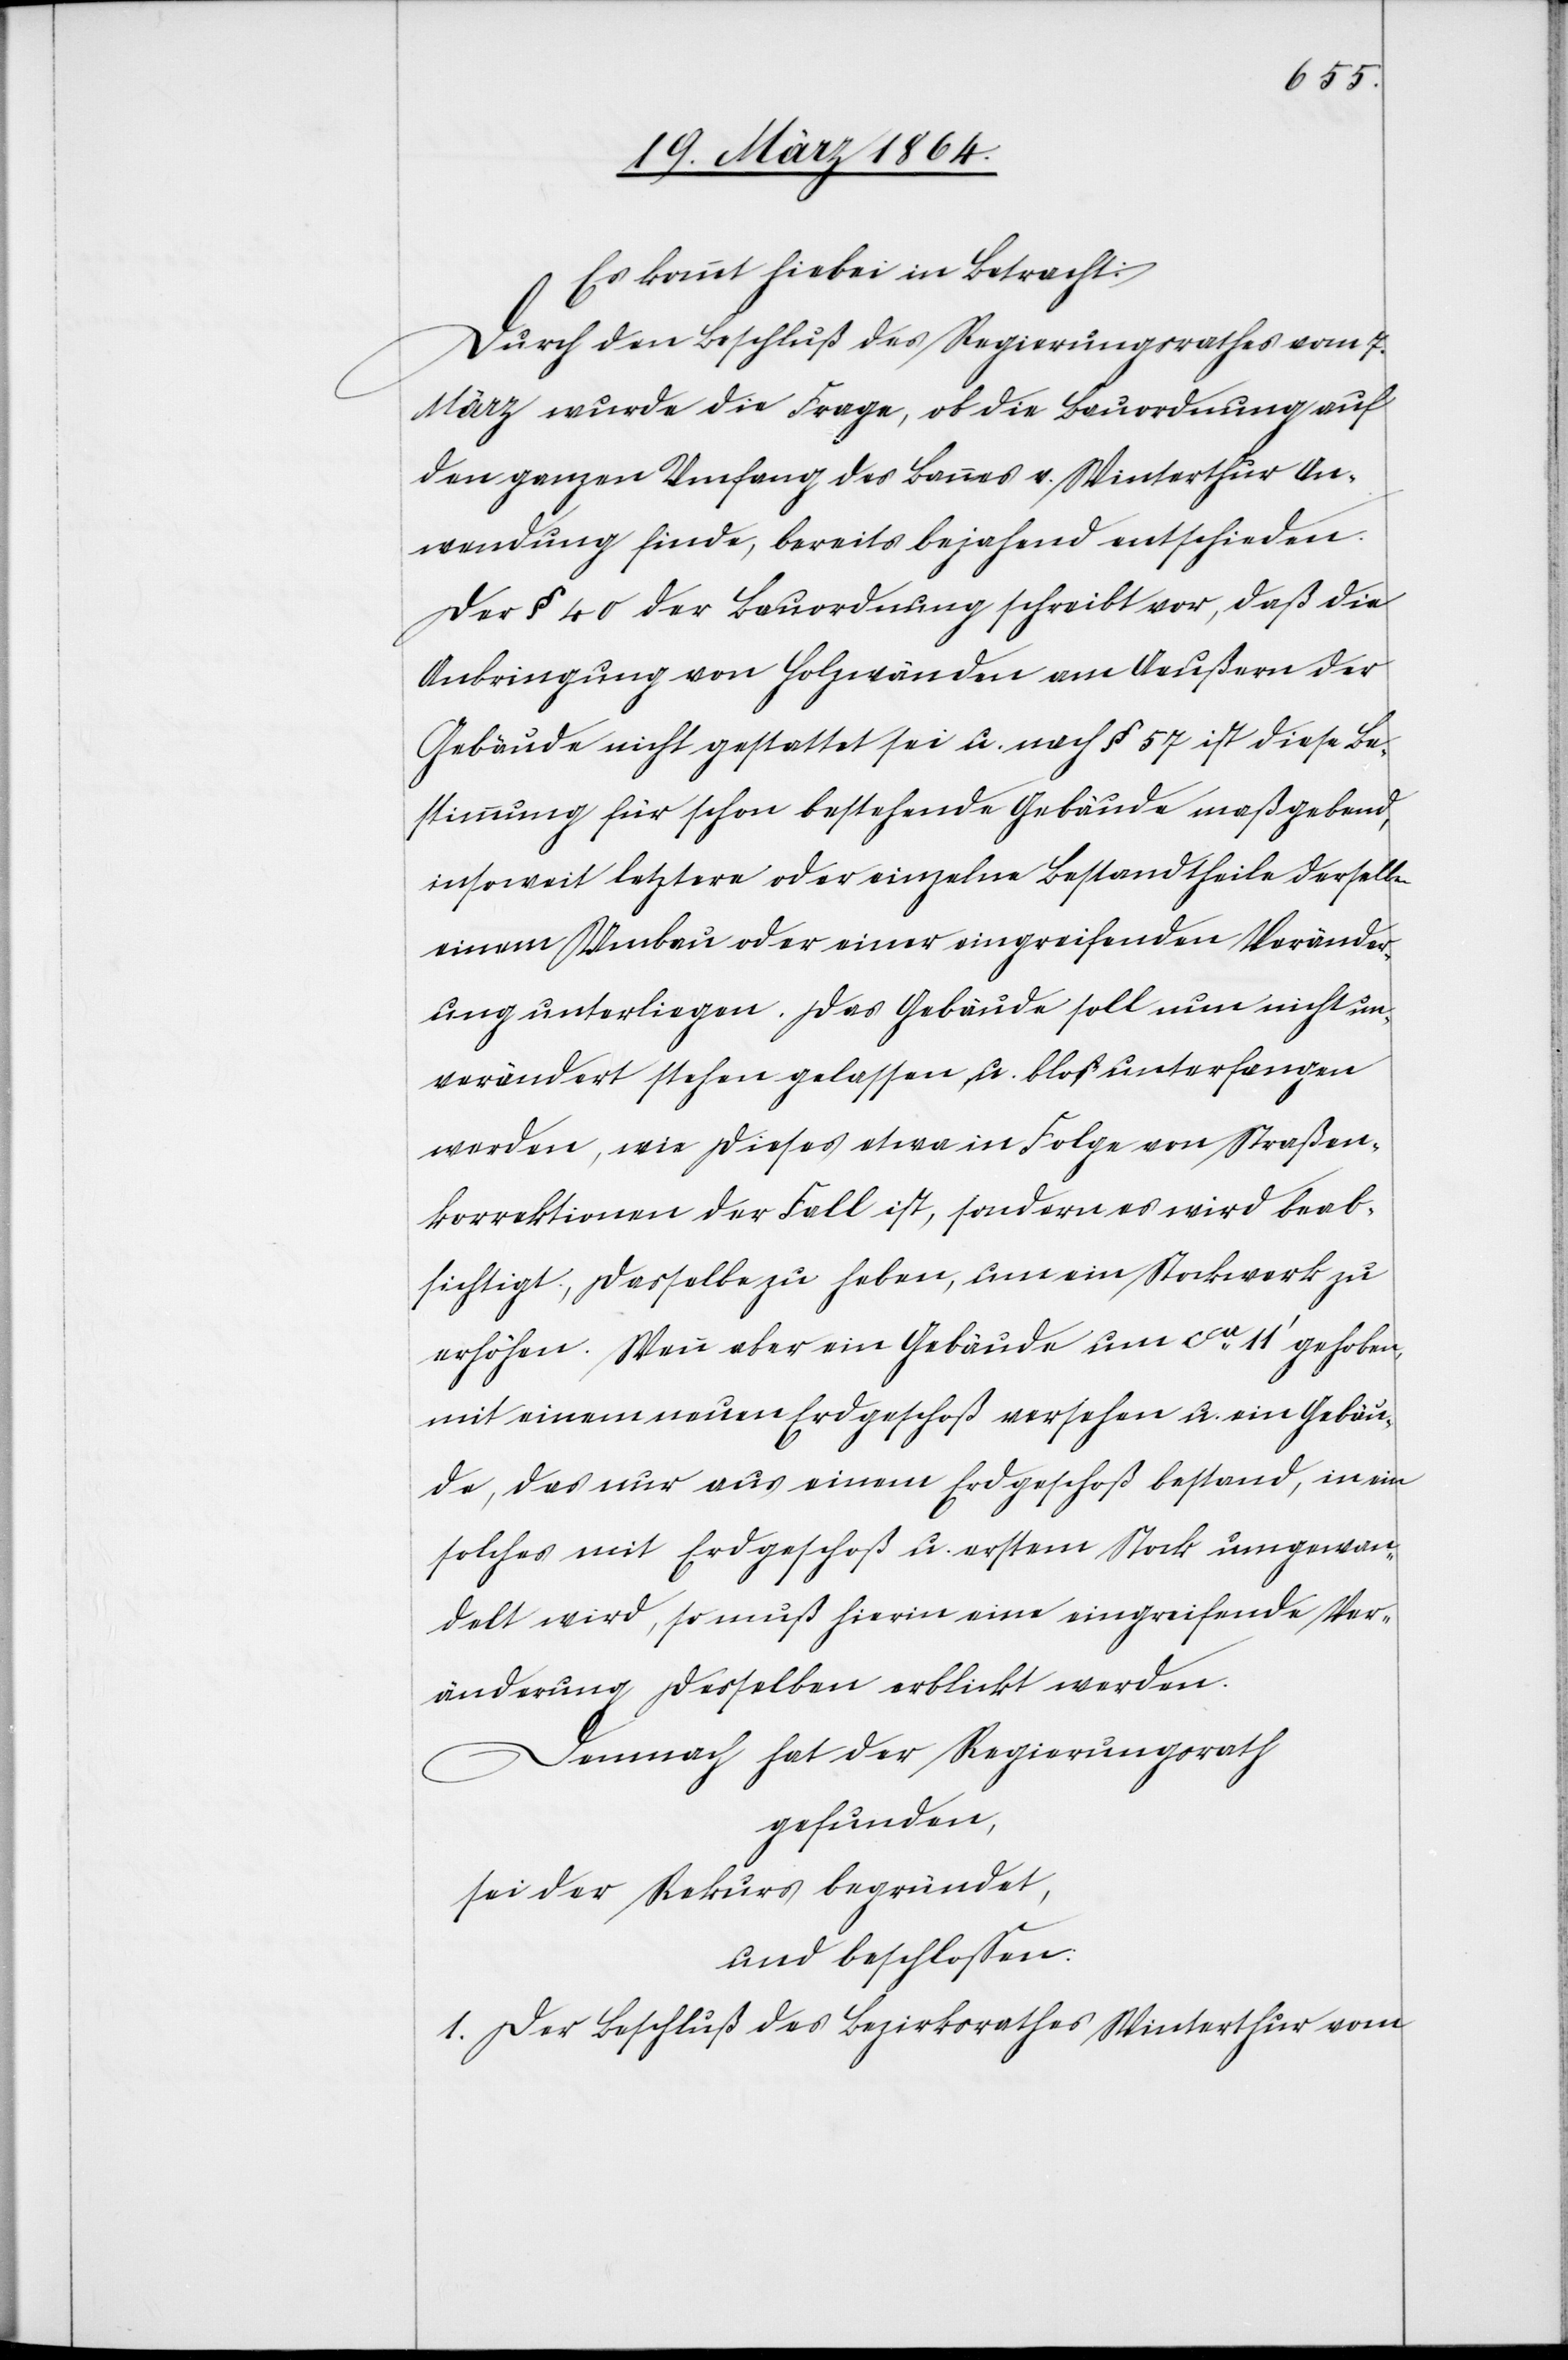
Es kommt hiebei in Betracht:
Durch den Beschluß des Regierungsrathes vom 7.
März wurde die Frage, ob die Bauordnung auf
den ganzen Umfang des Bannes v. Winterthur An¬
wendung finde, bereits bejahend entschieden.
Der § 40 der Bauordnung schreibt vor, daß die
Anbringung von Holzwänden am Aeußern der
Gebäude nicht gestattet sei u. nach § 57 ist diese Be¬
stimmung für schon bestehende Gebäude maßgebend,
insoweit letztere oder einzelne Bestandtheile derselben
einem Umbau oder einer eingreifenden Veränder¬
ung unterliegen. Das Gebäude soll nun nicht un¬
verändert stehen gelassen u. bloß unterfangen
werden, wie dieses etwa in Folge von Straßen¬
korrektionen der Fall ist, sondern es wird beab¬
sichtigt, dasselbe zu heben, um ein Stockwerk zu
erhöhen. Wenn aber ein Gebäude um cca 11’ gehoben,
mit einem neuen Erdgeschoß versehen u. ein Gebäu¬
de, das nur aus einem Erdgeschoß bestand, in ein
solches mit Erdgeschoß u. erstem Stock umgewan¬
delt wird, so muß hierin eine eingreifende Ver¬
änderung desselben erblickt werden.
Demnach hat der Regierungsrath
gefunden,
sei der Rekurs begründet,
und beschlossen:
1. Der Beschluß des Bezirksrathes Winterthur vom